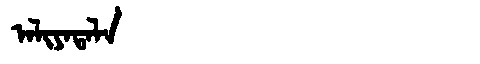
Manchu: ᠠᠯᡳᠶᠠᡨᠠᠯᠠ
Romanization: ALIYATALA